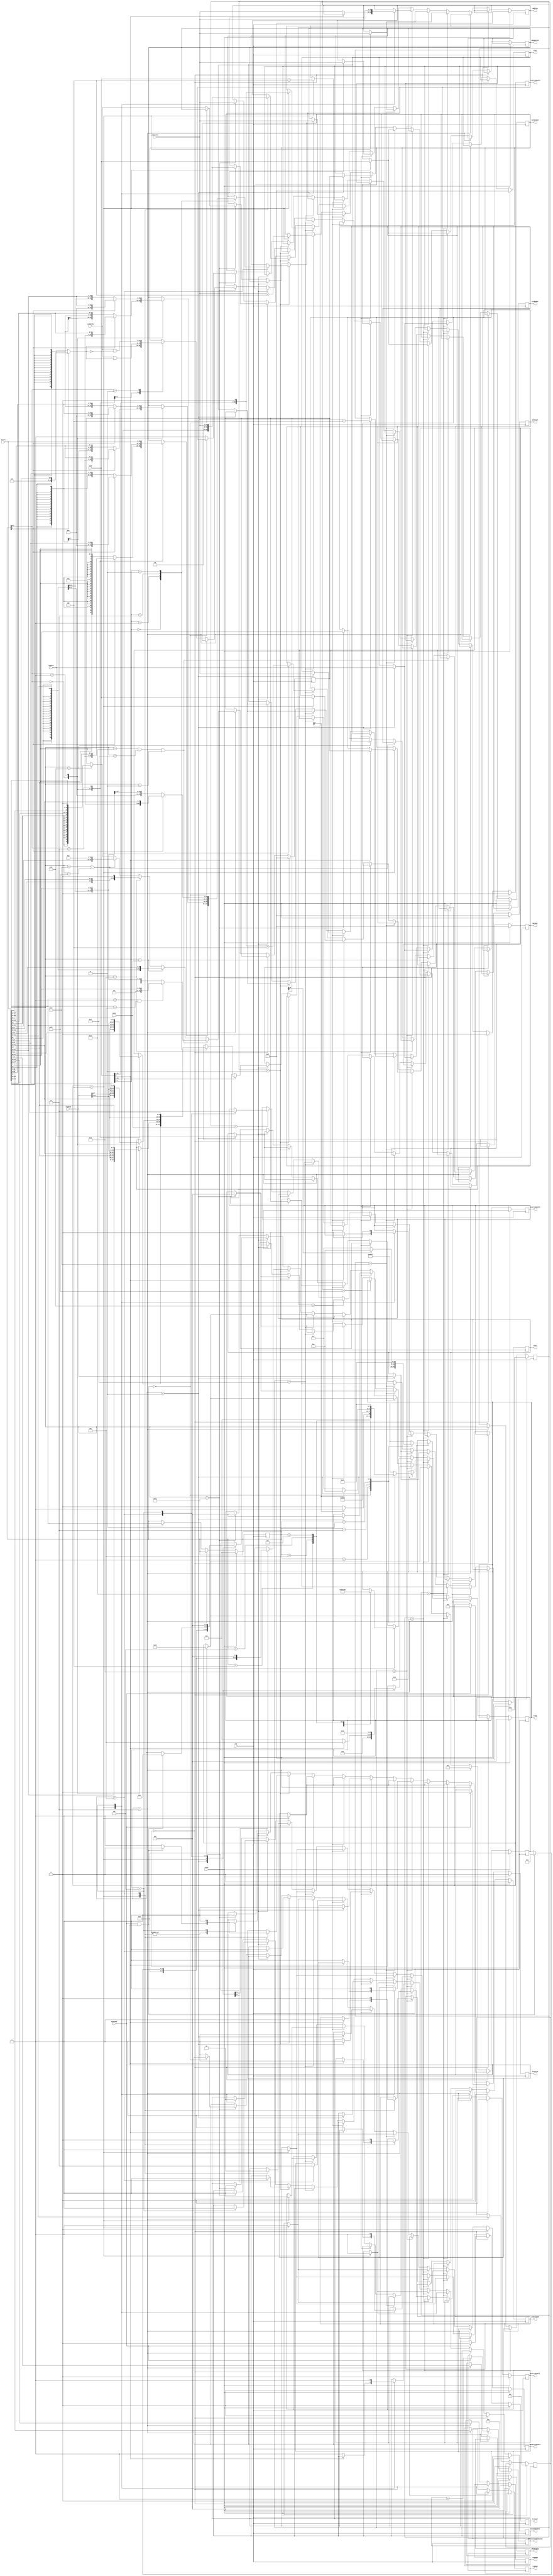
module InstructionDecoder (
  input   wire          clk,
  input   wire          reset,

  // BUS
  input   wire  [31:0]  dataIn,
  output  reg   [31:0]  dataOut,
  output  reg   [31:0]  address,
  output  reg           busValid,          // 1 => Start bus transaction, 0 => Don't use bus
  output  reg           busInstr,          // 1 => Instruction, 0 => Data
  input   wire          busReady,          // 1 => Bus is ready with data, 0 => If bus is busy
  output  reg           busWriteEnable,    // 1 => WRITE, 0 => READ

  // PC Control
  input   wire  [31:0]  pcDataOut,
  output  reg           pcWriteEnable,
  output  reg           pcWriteAdd,
  output  reg           pcCountEnable,
  output  reg   [31:0]  pcDataIn,

  // Register Bank Control
  input   wire  [31:0]  regOutA,
  output  reg   [3:0]   regNumA,

  input   wire  [31:0]  regOutB,
  output  reg   [3:0]   regNumB,

  output  reg   [31:0]  wRegDataIn,
  output  reg   [3:0]   wRegRegNum,
  output  reg           wRegWriteEnable,

  // ALU Control
  input   wire  [31:0]   aluO,
  output  reg   [3:0]    aluOp,
  output  reg   [31:0]   aluX,
  output  reg   [31:0]   aluY,

  // CSR
  input   wire [31:0]   csrDataIn,
  output  reg  [31:0]   csrDataOut,
  output  reg  [11:0]   csrNumber,
  output  reg           csrWriteEnable,

  // Core CSRs
  output  reg  [63:0]   instructionsExecuted
);

parameter EXCEPTION_HANDLING = 0;

localparam ADD = 4'h0;
localparam SUB = 4'h1;
localparam OR = 4'h2;
localparam XOR = 4'h3;
localparam AND = 4'h4;
localparam LesserThanUnsigned = 4'h5;
localparam LesserThanSigned = 4'h6;
localparam ShiftRightUnsigned = 4'h7;
localparam ShiftRightSigned = 4'h8;
localparam ShiftLeftUnsigned = 4'h9;
localparam ShiftLeftSigned = 4'hA;
localparam GreaterThanOrEqualUnsigned = 4'hB;
localparam GreaterThanOrEqualSigned = 4'hC;
localparam Equal = 4'hD;
localparam NotEqual = 4'hE;

localparam ExceptionHandlerAddress = 32'h5E_F0DE0;

localparam Fetch0   = 4'h0;
localparam Fetch1   = 4'h1;
localparam Decode   = 4'h2;
localparam Execute0 = 4'h3;
localparam Execute1 = 4'h4;
localparam Execute2 = 4'h5;
localparam Execute3 = 4'h6;

reg   [3:0]  currentState;

// Input alias
wire  [6:0]  inputOpcode      = dataIn[6:0];
wire  [2:0]  inputFunct3      = dataIn[14:12];
wire  [6:0]  inputFunct7      = dataIn[31:25];
wire  [4:0]  inputRd          = dataIn[11:7];
wire  [4:0]  inputRs1         = dataIn[19:15];
wire  [4:0]  inputRs2         = dataIn[24:20];
wire  [11:0] immTypeI         = dataIn[31:20];
wire  [11:0] immTypeS         = {dataIn[31:25], dataIn[11:7]};
wire  [12:0] immTypeB         = {dataIn[31], dataIn[7], dataIn[30:25], dataIn[11:8], 1'b0};
wire  [19:0] immTypeU         = dataIn[31:12];
wire  [19:0] immTypeJ         = {dataIn[31], dataIn[19:12], dataIn[20], dataIn[30:21], 1'b0};
wire  [11:0] csrIns           = dataIn[31:20];
wire  [4:0]  immCsr           = dataIn[19:15];
wire  [31:0] csrOpField       = funct3[2] == 1 ? {27'b0, immCsr} : regOutA;

// Alias for using on load/store
wire  [1:0]  inputByteOffset  = aluO[1:0];
wire  [1:0]  numberOfBytes    = funct3[1:0]; // Actuallly 2^numberOfBytes

// Instruction Arguments
reg   [4:0]   rs1;
reg   [4:0]   rs2;
reg   [4:0]   rd;
reg   [31:0]  imm;

// Instruction
reg   [6:0]   opcode;
reg   [2:0]   funct3;
reg   [6:0]   funct7;
reg   [31:0]  tmpInstruction; // Only used in simulation

initial begin
  // For simulation
  rs1                   = 0;
  rs2                   = 0;
  rd                    = 0;
  imm                   = 0;
  funct3                = 0;
  funct7                = 0;
  tmpInstruction        = 0;
  dataOut               = 0;
  address               = 0;
  busWriteEnable        = 0;
  busValid              = 0;
  busInstr              = 0;
  aluX                  = 0;
  aluY                  = 0;
  aluOp                 = 0;
  pcCountEnable         = 0;
  pcWriteEnable         = 0;
  pcDataIn              = 0;
  pcWriteAdd            = 0;
  regNumA               = 0;
  regNumB               = 0;
  wRegDataIn            = 0;
  wRegRegNum            = 0;
  wRegWriteEnable       = 0;
  instructionsExecuted  = 0;
  csrWriteEnable        = 0;
  csrNumber             = 0;
  instructionsExecuted  = 0;

  opcode                = 7'b0110011; // ALU Op (add)
  currentState          = Execute1;
end

always @(posedge clk)
begin
  if (reset)
  begin
    // Instruction Decoder
    rs1             <= 0;
    rs2             <= 0;
    rd              <= 0;
    imm             <= 0;

    funct3          <= 0;
    funct7          <= 0;
    tmpInstruction  <= 0;

    // BUS
    dataOut         <= 0;
    address         <= 0;
    busWriteEnable  <= 0;
    busValid        <= 0;
    busInstr        <= 0;

    // ALU
    aluX            <= 0;
    aluY            <= 0;
    aluOp           <= 0;

    // Program Counter
    pcCountEnable   <= 0;
    pcWriteEnable   <= 0;
    pcDataIn        <= 0;
    pcWriteAdd      <= 0;

    // Register Bank
    regNumA         <= 0;
    regNumB         <= 0;

    wRegRegNum      <= 0;
    wRegWriteEnable <= 0;

    // Initial Instruction for Prefetch
    // Can be anything thats NO-OP due init regNumA = x0, regNumB = x0, wRegRegNum = x0
	  // then it will do add x0, x0, x0
    opcode          <= 7'b0110011; // ALU Op (add)
    currentState    <= Execute1;

    // CSR
    instructionsExecuted <= 0;
    csrWriteEnable       <= 0;
  end
  else
  begin
    if (currentState == Fetch0)        //  1. Set Bus Address = PC, Set PC Count = 1
    begin
      pcCountEnable   <= 0;
      pcWriteEnable   <= 0;
      pcWriteAdd      <= 0;
      wRegWriteEnable <= 0;
      csrWriteEnable  <= 0;
      if (busReady) // Wait bus
      begin
        busValid              <= 0;
        busInstr              <= 0;
        currentState          <= Decode;
        instructionsExecuted  <= instructionsExecuted + 1;
      end
    end
    else if (currentState == Decode)  //  2. READ Bus Data -> Instruction Holder, Set PC Count = 0
    begin
      // Decode Instruction
      tmpInstruction  <= dataIn;
      opcode          <= inputOpcode;
      funct3          <= inputFunct3;
      funct7          <= inputFunct7;
      rd              <= inputRd;
      rs1             <= inputRs1;
      rs2             <= inputRs2;
      regNumA         <= inputRs1[3:0];
      regNumB         <= inputRs2[3:0];
      wRegRegNum      <= inputRd[3:0];

      // Decode IMM where relevant
      if (inputOpcode == 7'b0010011 || inputOpcode == 7'b1100111 || inputOpcode == 7'b0000011)       // Type I instructions
      begin
        if (inputFunct3 == 3'b001 || inputFunct3 == 3'b101) // Direct
          imm <= immTypeI;
        else // Sign Extend
          imm <= { {20{immTypeI[11]}}, immTypeI[11:0] };
      end
      else if (inputOpcode == 7'b0100011)                               // Type S instructions
      begin
          imm <= { {20{immTypeS[11]}}, immTypeS[11:0] };
      end
      else if (inputOpcode == 7'b1100011)                               // Type B instructions
      begin
          imm <= { {19{immTypeB[12]}}, immTypeB[12:0] };
      end
      else if (inputOpcode == 7'b0010111 || inputOpcode == 7'b0110111)  // Type U instructions
      begin
          imm <= { immTypeU[19:0], 12'b0 };
      end
      else if (inputOpcode == 7'b1101111)                               // Type J instructions
      begin
          imm <= { {12{immTypeJ[19]}}, immTypeJ[19:0] };
      end
      else if (inputOpcode == 7'b1110011)                               // CSR
      begin
          csrNumber <= csrIns;
      end
      currentState  <= Execute0;
    end
    else // Execute State
    begin
        if (opcode == 7'b0010011) // addi, slti, sltiu, xori, ori, andi, slli, srli, srai
        begin
          case (currentState)
            Execute0: // 3. Already set regNumA = rs1, Set regNumB = rd, Set ALU OP = CORRECT OPER, Set ALU Y = IMM
            begin
              case (funct3)
                0: aluOp      <= ADD;
                1: aluOp      <= ShiftLeftUnsigned;
                2: aluOp      <= LesserThanSigned;
                3: aluOp      <= LesserThanUnsigned;
                4: aluOp      <= XOR;
                5: aluOp      <= imm[10] ? ShiftRightSigned : ShiftRightUnsigned;
                6: aluOp      <= OR;
                7: aluOp      <= AND;
              endcase
              aluY            <= imm;
              aluX            <= regOutA;
              currentState    <= Execute1;
            end
            Execute1: // 4. Read ALU O store in regIn, Set regWriteEnable = 1
            begin
              wRegDataIn        <= aluO;
              wRegWriteEnable   <= 1;
              currentState      <= Fetch0;

              // Fetch Next
              address         <= pcDataOut;
              pcCountEnable   <= 1;
              busValid        <= 1;
              busInstr        <= 1;
            end
          endcase
        end
        else if (opcode == 7'b0110011) // add, sub, sll, slt, sltu, xor, srl, sra, or, and
        begin
          case (currentState)
            Execute0: // 3. Set aluX = regOutA, aluY = regOutB, regNumB = rd, Set ALU OP = CORRECT OPER
            begin
              case (funct3)
                0: aluOp      <= funct7[5] ? SUB : ADD;
                1: aluOp      <= ShiftLeftUnsigned;
                2: aluOp      <= LesserThanSigned;
                3: aluOp      <= LesserThanUnsigned;
                4: aluOp      <= XOR;
                5: aluOp      <= funct7[5] ? ShiftRightSigned : ShiftRightUnsigned;
                6: aluOp      <= OR;
                7: aluOp      <= AND;
              endcase
              aluX            <= regOutA;
              aluY            <= regOutB;
              currentState    <= Execute1;
            end
            Execute1: // 4. Read regOut store in ALU X, Set regNum = rs2
            begin
              wRegDataIn        <= aluO;
              wRegWriteEnable   <= 1;
              currentState      <= Fetch0;

              // Fetch Next
              address         <= pcDataOut;
              pcCountEnable   <= 1;
              busValid        <= 1;
              busInstr        <= 1;
            end
          endcase
        end
        else if (opcode == 7'b1100011) // beq, bne, blt, bge, bltu, bgeu
        begin
          case (currentState)
            Execute0: // 3. Set regNum = rs1, Set ALU OP = CORRECT OPER
            begin
              case (funct3)
                0: aluOp      <= Equal;
                1: aluOp      <= NotEqual;
                4: aluOp      <= LesserThanSigned;
                5: aluOp      <= GreaterThanOrEqualSigned;
                6: aluOp      <= LesserThanUnsigned;
                7: aluOp      <= GreaterThanOrEqualUnsigned;
              endcase
              aluX            <= regOutA;
              aluY            <= regOutB;
              currentState    <= Execute1;
            end
            Execute1: // 4. Read regOut store in ALU X, Set regNum = rs2
            begin
              if (aluO[0])
              begin
                pcWriteEnable   <= 1;
                pcWriteAdd      <= 1;
                pcDataIn        <= imm;
                currentState    <= Execute2;
              end
              else
              begin
                //pcWriteEnable   <= 0;
                //pcWriteAdd      <= 0;
                address         <= pcDataOut;
                pcCountEnable   <= 1;
                busWriteEnable  <= 0;
                currentState    <= Fetch0;
                busValid        <= 1;
                busInstr        <= 1;
              end
            end
            Execute2:
            begin
              currentState    <= Execute3;
              pcWriteEnable   <= 0;
              pcWriteAdd      <= 0;
            end
            Execute3:
            begin
              address         <= pcDataOut;
              pcCountEnable   <= 1;
              busWriteEnable  <= 0;
              currentState    <= Fetch0;
              busValid        <= 1;
              busInstr        <= 1;
            end
          endcase
        end
        else if (opcode == 7'b0010111) // auipc
        begin
          case (currentState)
            Execute0: // 3. Set regNum = rd, Set ALU X = pcDataOut - 4, Set ALU Y = (IMM << 12) Set ALU OP = ADD
            begin
              aluX            <= pcDataOut - 4;
              aluY            <= imm;
              aluOp           <= ADD;
              currentState    <= Execute1;
            end
            Execute1: // 4. Set regIn = ALU O, Set regWriteEnable = 1
            begin
              wRegDataIn      <= aluO;
              wRegWriteEnable <= 1;
              currentState    <= Fetch0;

              // Fetch Next
              //busWriteEnable  <= 0;
              //pcWriteEnable   <= 0;
              //pcWriteAdd      <= 0;
              address         <= pcDataOut;
              pcCountEnable   <= 1;
              busValid        <= 1;
              busInstr        <= 1;
            end
          endcase
        end
        else if (opcode == 7'b0110111) // lui
        begin
          case (currentState)
            Execute0: // 3. Set regNum = rd, Set regIn = sign extend ( dataOut << 12 ), Set regWriteEnable = 1
            begin
              wRegDataIn      <= imm;
              wRegWriteEnable <= 1;
              currentState    <= Fetch0;

              // Fetch Next
              //busWriteEnable  <= 0;
              //pcWriteEnable   <= 0;
              //pcWriteAdd      <= 0;
              address         <= pcDataOut;
              pcCountEnable   <= 1;
              busValid        <= 1;
              busInstr        <= 1;
            end
          endcase
        end
        else if (opcode == 7'b1101111) // jal
        begin
          case (currentState)
            Execute0:
            begin
              wRegDataIn      <= pcDataOut;
              wRegWriteEnable <= 1;
              aluX            <= pcDataOut;   // 3.4 Set ALU X = pcDataOut
              aluY            <= imm;         // 3.5 Set ALU Y = sign extend (offset)
              aluOp           <= ADD;         // 3.6 Set ALU OP = ADD
              currentState    <= Execute1;
            end
            Execute1:
            begin
              wRegWriteEnable <= 0;           // 4.1 Set regWriteEnable = 0,
              pcDataIn        <= aluO;        // 4.2 Set pcDataIn = ALU O,
              address         <= aluO - 4;
              pcWriteEnable   <= 1;           // 4.3 Set pcWriteEnable = 1
              currentState    <= Fetch0;

              //busWriteEnable  <= 0;
              //pcWriteAdd      <= 0;
              busValid        <= 1;
              busInstr        <= 1;
            end
          endcase
        end
        else if (opcode == 7'b1100111) // jalr
        begin
          case (currentState)
            Execute0:
            begin
              aluX            <= imm;         // 3.4 Set ALU X = sign extend (offset)
              aluY            <= regOutA;     // 4.1 Set ALU Y = regOut
              aluOp           <= ADD;         // 3.6 Set ALU OP = ADD
              currentState    <= Execute1;
            end
            Execute1:
            begin
              wRegDataIn      <= pcDataOut + 4;
              wRegWriteEnable <= 1;
              pcDataIn        <= {aluO[31:1], 1'b0} + 4;   // 5.2 Set pcDataIn = ALU O & ~1,
              address         <= {aluO[31:1], 1'b0};
              pcWriteEnable   <= 1;           // 5.3 Set pcWriteEnable = 1
              //busWriteEnable  <= 0;
              busValid        <= 1;
              currentState    <= Fetch0;
              busInstr        <= 1;
            end
          endcase
        end
        else if (opcode == 7'b0000011) // lb, lh, lw, lbu, lhu
        begin
          case (currentState)
            Execute0: // 3. Set regNum = rs1, aluX = imm, aluOp = ADD
            begin
              aluX          <= imm;
              aluY          <= regOutA;
              aluOp         <= ADD;
              currentState  <= Execute1;
            end
            Execute1: // 4. Alu Y = regOut, regNum = rd
            begin
              if (
                  (EXCEPTION_HANDLING == 1) && (
                    (inputByteOffset != 0 && numberOfBytes == 2) || // 32 bit read beyond boundary
                    (inputByteOffset == 3 && numberOfBytes == 1)    // 16 bit read beyond boundary
                  )
                )
              begin
                  // Misaligned Exception
                  // TODO: Better diagnostics
                  currentState    <= Fetch0;
                  pcDataIn        <= ExceptionHandlerAddress + 4;

                  wRegDataIn      <= pcDataOut - 4;
                  wRegRegNum      <= 1;
                  wRegWriteEnable <= 1;
                  pcWriteEnable   <= 1;

                  // Fetch Next
                  //busWriteEnable  <= 0;
                  //pcWriteAdd      <= 0;
                  address         <= ExceptionHandlerAddress;
                  busValid        <= 1;
                  busInstr        <= 1;
              end
              else
              begin
                address       <= {aluO[31:2], 2'b00};
                busInstr      <= 0;
                busValid      <= 1;

                if (busReady && busValid) // Wait bus
                begin
                  currentState  <= Execute2;
                  busValid      <= 0;
                end
              end
            end
            Execute2:
            begin
              case (inputByteOffset)
                0:
                begin
                  case (numberOfBytes)
                    0: wRegDataIn <= (funct3[2]) ? dataIn[7:0]  : { {24{dataIn[7]}},  dataIn[7:0]  }; // 1 byte
                    1: wRegDataIn <= (funct3[2]) ? dataIn[15:0] : { {16{dataIn[15]}}, dataIn[15:0] }; // 2 bytes
                    2: wRegDataIn <= dataIn;                                                          // 4 bytes
                  endcase
                end
                1:
                begin
                  case (numberOfBytes)
                    0: wRegDataIn <= (funct3[2]) ? dataIn[15:8]  : { {24{dataIn[15]}},  dataIn[15:8]  }; // 1 byte
                    1: wRegDataIn <= (funct3[2]) ? dataIn[23:8]  : { {16{dataIn[23]}},  dataIn[23:8]  }; // 2 bytes
                  endcase
                end
                2:
                begin
                  case (numberOfBytes)
                    0: wRegDataIn <= (funct3[2]) ? dataIn[23:16] : { {24{dataIn[23]}},  dataIn[23:16] };  // 1 byte
                    1: wRegDataIn <= (funct3[2]) ? dataIn[31:16] : { {16{dataIn[31]}},  dataIn[31:16] };  // 2 bytes
                  endcase
                end
                3:
                begin
                  wRegDataIn <= (funct3[2]) ? dataIn[31:24]  : { {24{dataIn[31]}},  dataIn[31:24]  };   // 1 byte
                end
              endcase
              wRegWriteEnable  <= 1;
              currentState     <= Fetch0;
              // Fetch Next
              //busWriteEnable  <= 0;
              //pcWriteEnable   <= 0;
              //pcWriteAdd      <= 0;
              address         <= pcDataOut;
              pcCountEnable   <= 1;
              busValid        <= 1;
              busInstr        <= 1;
            end
          endcase
        end
        else if (opcode == 7'b0100011) // sw, sh, sb
        begin // M[x[rs1] + sext(imm)] = x[rs2][n:0]
          case (currentState)
            Execute0: // 3. Set regNum = rs1, aluX = imm, aluOp = ADD
            begin
              aluX            <= imm;
              aluY            <= regOutA;
              aluOp           <= ADD;
              currentState    <= Execute1;
            end
            Execute1: // 4. aluY = regOut, regNum = rs2
            begin
              if (
                  (EXCEPTION_HANDLING == 1) && (
                    (inputByteOffset != 0 && numberOfBytes == 2) || // 32 bit write beyond boundary
                    (inputByteOffset == 3 && numberOfBytes == 1)    // 16 bit write beyond boundary
                  )
                )
              begin
                  // Misaligned Exception
                  // TODO: Better diagnostics
                  currentState    <= Fetch0;
                  pcDataIn        <= ExceptionHandlerAddress + 4;
                  wRegDataIn      <= pcDataOut - 4;
                  wRegRegNum      <= 1;
                  wRegWriteEnable <= 1;
                  pcWriteEnable   <= 1;

                  // Fetch Next
                  //busWriteEnable  <= 0;
                  //pcWriteAdd      <= 0;
                  address         <= ExceptionHandlerAddress;
                  busValid        <= 1;
                  busInstr        <= 1;
              end
              else
              begin
                address       <= {aluO[31:2], 2'b00};
                busInstr      <= 0;
                busValid      <= 1;
                if (busValid && busReady) // Wait bus for ready
                begin
                  currentState  <= Execute2;
                  busValid      <= 0;
                end
              end
            end
            Execute2: // 6.
            begin
              case (inputByteOffset)    // Input Byte
                0:
                begin
                  case (numberOfBytes)  // Number of bytes
                    0: dataOut <= {dataIn[31:8], regOutB[7:0]};    // 1 byte
                    1: dataOut <= {dataIn[31:16], regOutB[15:0]};  // 2 bytes
                    2: dataOut <= regOutB;                         // 4 bytes
                  endcase
                end
                1:
                begin
                  case (numberOfBytes)
                    0: dataOut <= {dataIn[31:16], regOutB[7:0], dataIn[7:0]};  // 1 byte
                    1: dataOut <= {dataIn[31:24], regOutB[15:0], dataIn[7:0]}; // 2 bytes
                  endcase
                end
                2:
                begin
                  case (numberOfBytes)
                    0: dataOut <= {dataIn[31:24], regOutB[7:0], dataIn[15:0]}; // 1 byte
                    1: dataOut <= {regOutB[15:0], dataIn[15:0]};               // 2 bytes
                  endcase
                end
                3:
                begin
                  dataOut <= {regOutB[7:0], dataIn[23:0]}; // 1 byte
                end
              endcase
              busWriteEnable  <= 1;
              busValid        <= 1;
              if (busReady && busValid) // Wait bus
              begin
                currentState  <= Execute3;
                busValid      <= 0;
              end
            end
            Execute3:
            begin
              currentState    <= Fetch0;

              // Fetch Next
              busWriteEnable  <= 0;
              address         <= pcDataOut;
              pcCountEnable   <= 1;
              busValid        <= 1;
              busInstr        <= 1;
            end
          endcase
        end
        else if (inputOpcode == 7'b1110011)
        begin
          if (funct3 == 3'b000) // ecall / ebreak. no-op here
          begin
            currentState    <= Fetch0;
            address         <= pcDataOut;
            pcCountEnable   <= 1;
            busValid        <= 1;
            busInstr        <= 1;
          end
          else
          begin
            wRegWriteEnable <= 1;
            wRegDataIn      <= csrDataIn;
            csrWriteEnable  <= 1;

            case (funct3[1:0]) // Immediate vs register already defined at csrOpField
              2'b01: // csr rw   // t = CSRs[csr]; CSRs[csr] = csrOpField; x[rd] = t
                csrDataOut      <= csrOpField;
              2'b10: // csr rs   // t = CSRs[csr]; CSRs[csr] = t | csrOpField; x[rd] = t
                csrDataOut      <= csrDataIn | csrOpField;
              2'b11: // csr rc   // t = CSRs[csr]; CSRs[csr] = t &∼ csrOpField; x[rd] = t
                csrDataOut      <= csrDataIn & ~(csrOpField);
            endcase

            // Single cycle :D
            currentState    <= Fetch0;
            address         <= pcDataOut;
            pcCountEnable   <= 1;
            busValid        <= 1;
            busInstr        <= 1;
          end
        end
    end
  end
end


endmodule